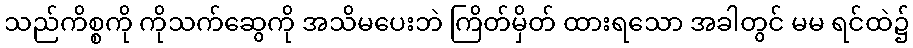
သည်ကိစ္စကို ကိုသက်ဆွေကို အသိမပေးဘဲ ကြိတ်မှိတ် ထားရသော အခါတွင် မမ ရင်ထဲ၌